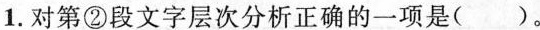
1.对第②段文字层次分析正确的一项是( )。